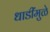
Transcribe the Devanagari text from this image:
धाडींमुळे